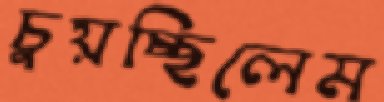
চুয়চ্ছিলেম